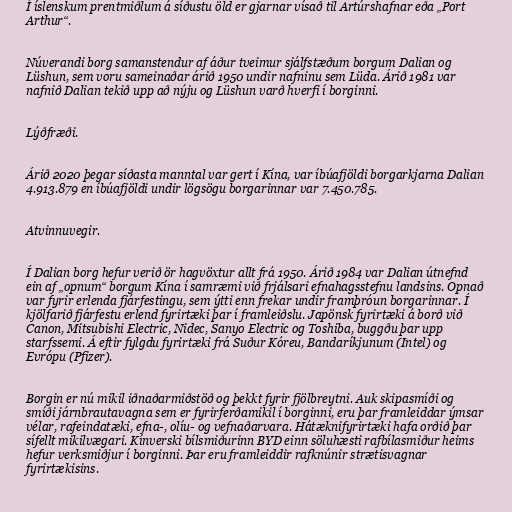
Í íslenskum prentmiðlum á síðustu öld er gjarnar vísað til Artúrshafnar eða „Port
Arthur“.

Núverandi borg samanstendur af áður tveimur sjálfstæðum borgum Dalian og
Lüshun, sem voru sameinaðar árið 1950 undir nafninu sem Lüda. Árið 1981 var
nafnið Dalian tekið upp að nýju og Lüshun varð hverfi í borginni.

Lýðfræði.

Árið 2020 þegar síðasta manntal var gert í Kína, var íbúafjöldi borgarkjarna Dalian
4.913.879 en íbúafjöldi undir lögsögu borgarinnar var 7.450.785.

Atvinnuvegir.

Í Dalian borg hefur verið ör hagvöxtur allt frá 1950. Árið 1984 var Dalian útnefnd
ein af „opnum“ borgum Kína í samræmi við frjálsari efnahagsstefnu landsins. Opnað
var fyrir erlenda fjárfestingu, sem ýtti enn frekar undir framþróun borgarinnar. Í
kjölfarið fjárfestu erlend fyrirtæki þar í framleiðslu. Japönsk fyrirtæki á borð við
Canon, Mitsubishi Electric, Nidec, Sanyo Electric og Toshiba, buggðu þar upp
starfssemi. Á eftir fylgdu fyrirtæki frá Suður Kóreu, Bandaríkjunum (Intel) og
Evrópu (Pfizer).

Borgin er nú mikil iðnaðarmiðstöð og þekkt fyrir fjölbreytni. Auk skipasmíði og
smíði járnbrautavagna sem er fyrirferðamikil í borginni, eru þar framleiddar ýmsar
vélar, rafeindatæki, efna-, olíu- og vefnaðarvara. Hátæknifyrirtæki hafa orðið þar
sífellt mikilvægari. Kínverski bílsmiðurinn BYD einn söluhæsti rafbílasmiður heims
hefur verksmiðjur í borginni. Þar eru framleiddir rafknúnir strætisvagnar
fyrirtækisins.